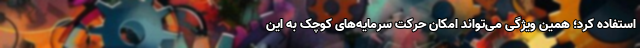
استفاده کرد؛ همین ویژگی می‌تواند امکان حرکت سرمایه‌های کوچک به این